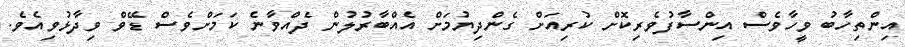
އިންތިހާބު ވީހާވެސް އިންސާފުވެރިކޮށް ކުރިއަށް ގެންދިޔުމަށް އެއްބާރުލުން ދެއްވާނެ ކަމަށްވެސް ޑޭވް ވިދާޅުވިއެވެ.